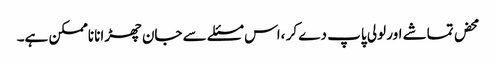
محض تماشے اور لولی پاپ دے کر ،اس مسئلے سے جان چھڑانا ناممکن ہے۔